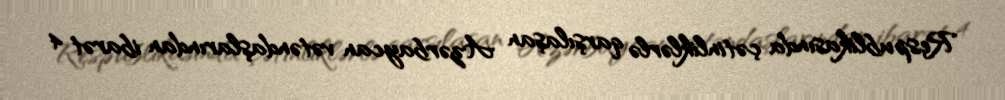
Respublikasında çətinliklərlə qarşılaşan Azərbaycan vətəndaşlarından ibarət 4